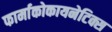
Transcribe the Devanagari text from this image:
फार्माकोकायनेटिक्स